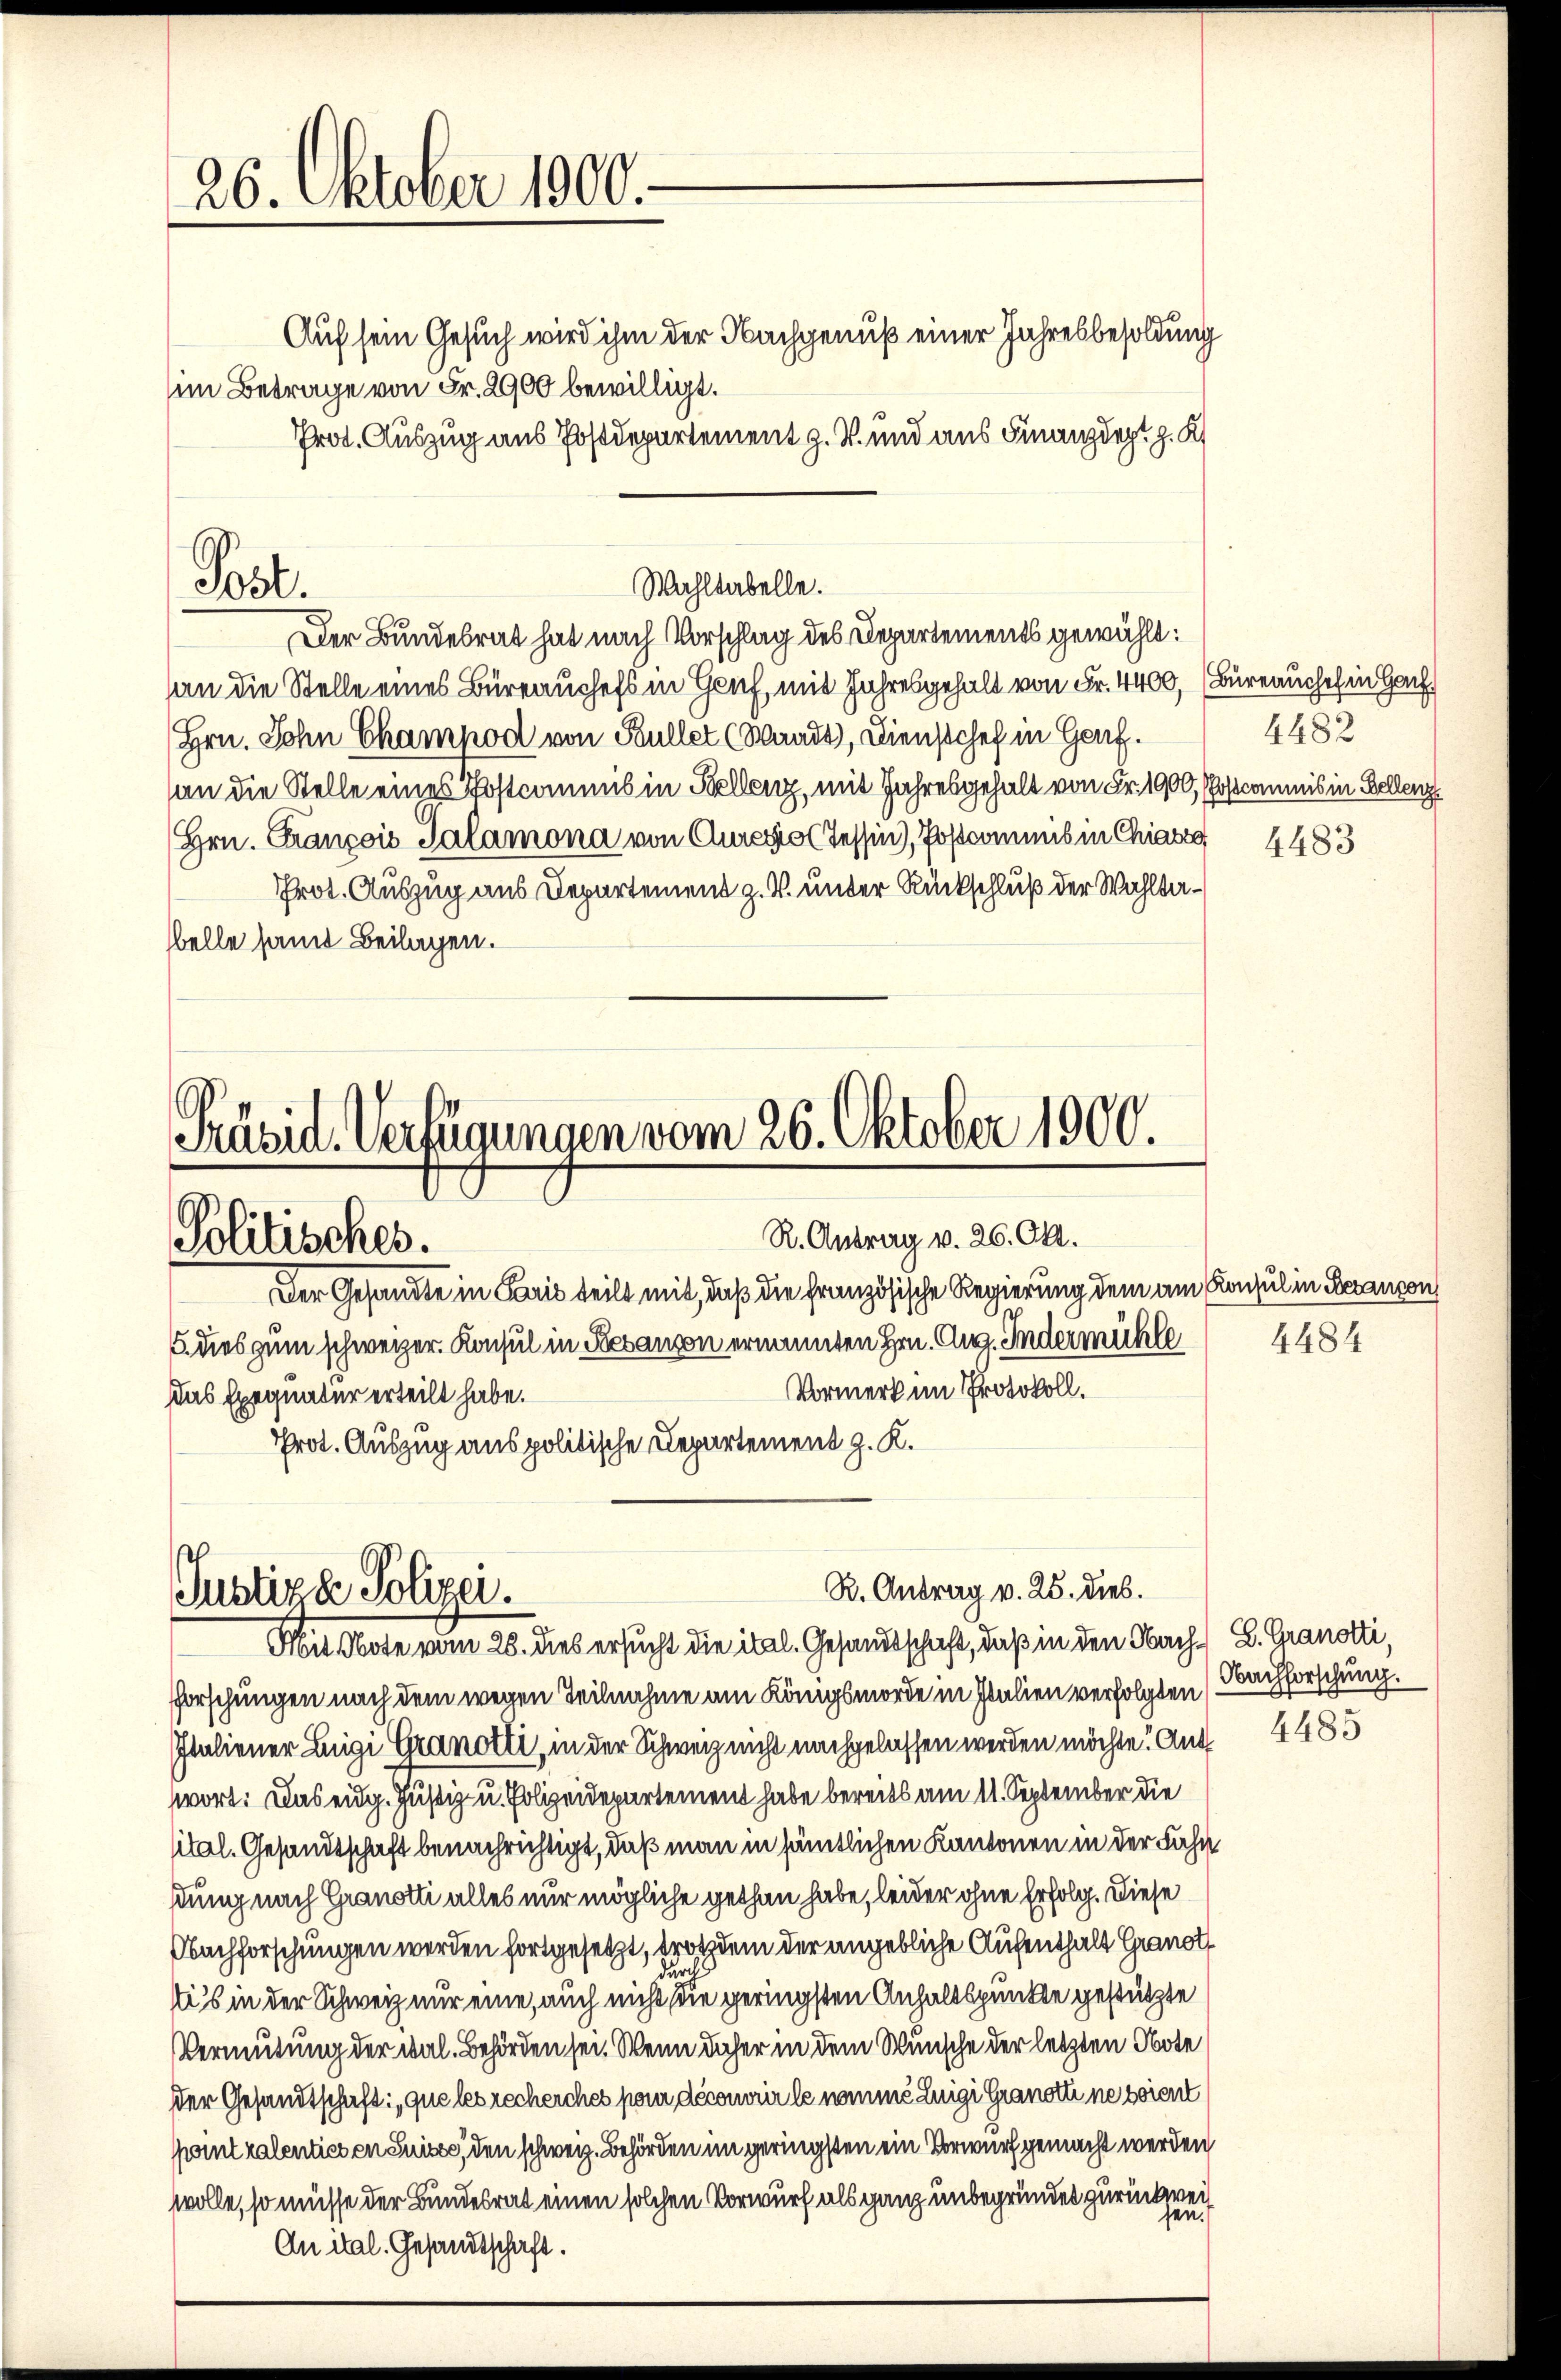
26. Oktober 1900.

Auf sein Gesuch wird ihm der Nachgenuß einer Jahresbesoldung
(im Betrage von Fr. 2900 bewilligt.
Prot. Auszug aus Postdepartement z. B. und aus Finanzdept z. K.
van die Stelle eines Büreaushefs in Gruf, mit Jahresgehalt von Fr. 4400, (Büreauches in Hau
Hrn. Sohn Champod von Kullet (Waadt), Dienstchef in Genf.
an die Stelle eines Postcommis in Kellenz, mit Jahresgehalt von Fr. 1900, Postcommis in Bellenz
Hrn. François Salamona von Cures Tessin, Postcommis in Chiasse
Prot. Auszug aus Departement z. V. unter Rückschluß der Wahlbabelle samt Beilagen.

Post.

Wahltabelle.
Der Bundesrat hat nach Vorschlag des Departements gewählt:

Präsid. Verfügungen vom 26. Oktober 1900.
R. Antrag v. 26. Okt.
Politisches.

Der Gesandte in Paris teilt mit, daß die Französische Regierung dem am Konsul in Beranson
5. dies zum schweizer. Konsul in Revanon ernannten Hrn. Aug. Indermühle
Vormerk im Protokoll.
Das Exegnatur erteilt habe.
Prot. Auszug aus politische Departement z. K.

R. Antrag v. 25. dieb.
Justizde Polizei.
Mit Note vom 28. dies ersucht die ital. Gesandtschaft, daß in den Nach L. Granotti,

4482

Pforschungen nach dem wegen Teilnahme am Königsmorde in Italien verfolgten (Bachforschung.
Italiener Luigi Granotti, in der Schweiz nicht nachgelassen werden möchte. Ant
swort: Das eidg. Justiz- u. Polizeidepartement habe bereits am 11. September die
sital. Gesandtschaft benachrichtigt, daß man in sämtlichen Kantonen in der Fahr
stung nach Granotti alles nur mögliche gethan habe, leider ohne Erfolg. Diese
Nachforschungen werden fortgesetzt, trotzdem der angebliche Aufenthalt Granot
.
Eis in der Schweiz nur eine, auch nicht die geringsten Anhaltspunkte gestützte
Vermutung der Mal. Behörden sei. Wenn daher in dem Wunsche der letzten Note
der Gesandtschaft: que les recherches pour découvrir le nomme Luigi Granott ne soient
Pointralenties ensuite, den schweiz. Behörden im geringsten ein Vorwurf gemacht werden
wolle, so müsse der Bundesrat einen solchen Vorwurf als ganz unbegründet zurückwei
sen.
An Mal. Gesandtschaft.

4483

4484

4485